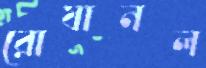
রোষানল